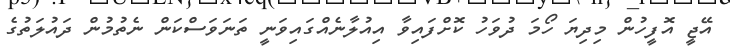
އޭޖީ އޮފީހުން މިދިޔަ ހޯމަ ދުވަހު ކޮށްފައިވާ އިއުލާނެއްގައިވަނީ ތަނަވަސްކަން ނެތުމުން ދައުލަތުގެ